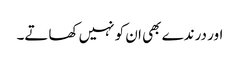
اور درندے بھی ان کو نہیں کھاتے۔